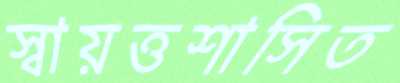
স্বায়ত্তশাসিত